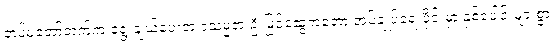
တပ်မတော်ဘက်က ရွေးချယ်ပေးတဲ့ ဒုသမ္မတ ဦးမြင့်ဆွေကတော့ အုပ်ချုပ်ရေးပိုင်းမှာ နှစ်ပေါင်းများစွာ